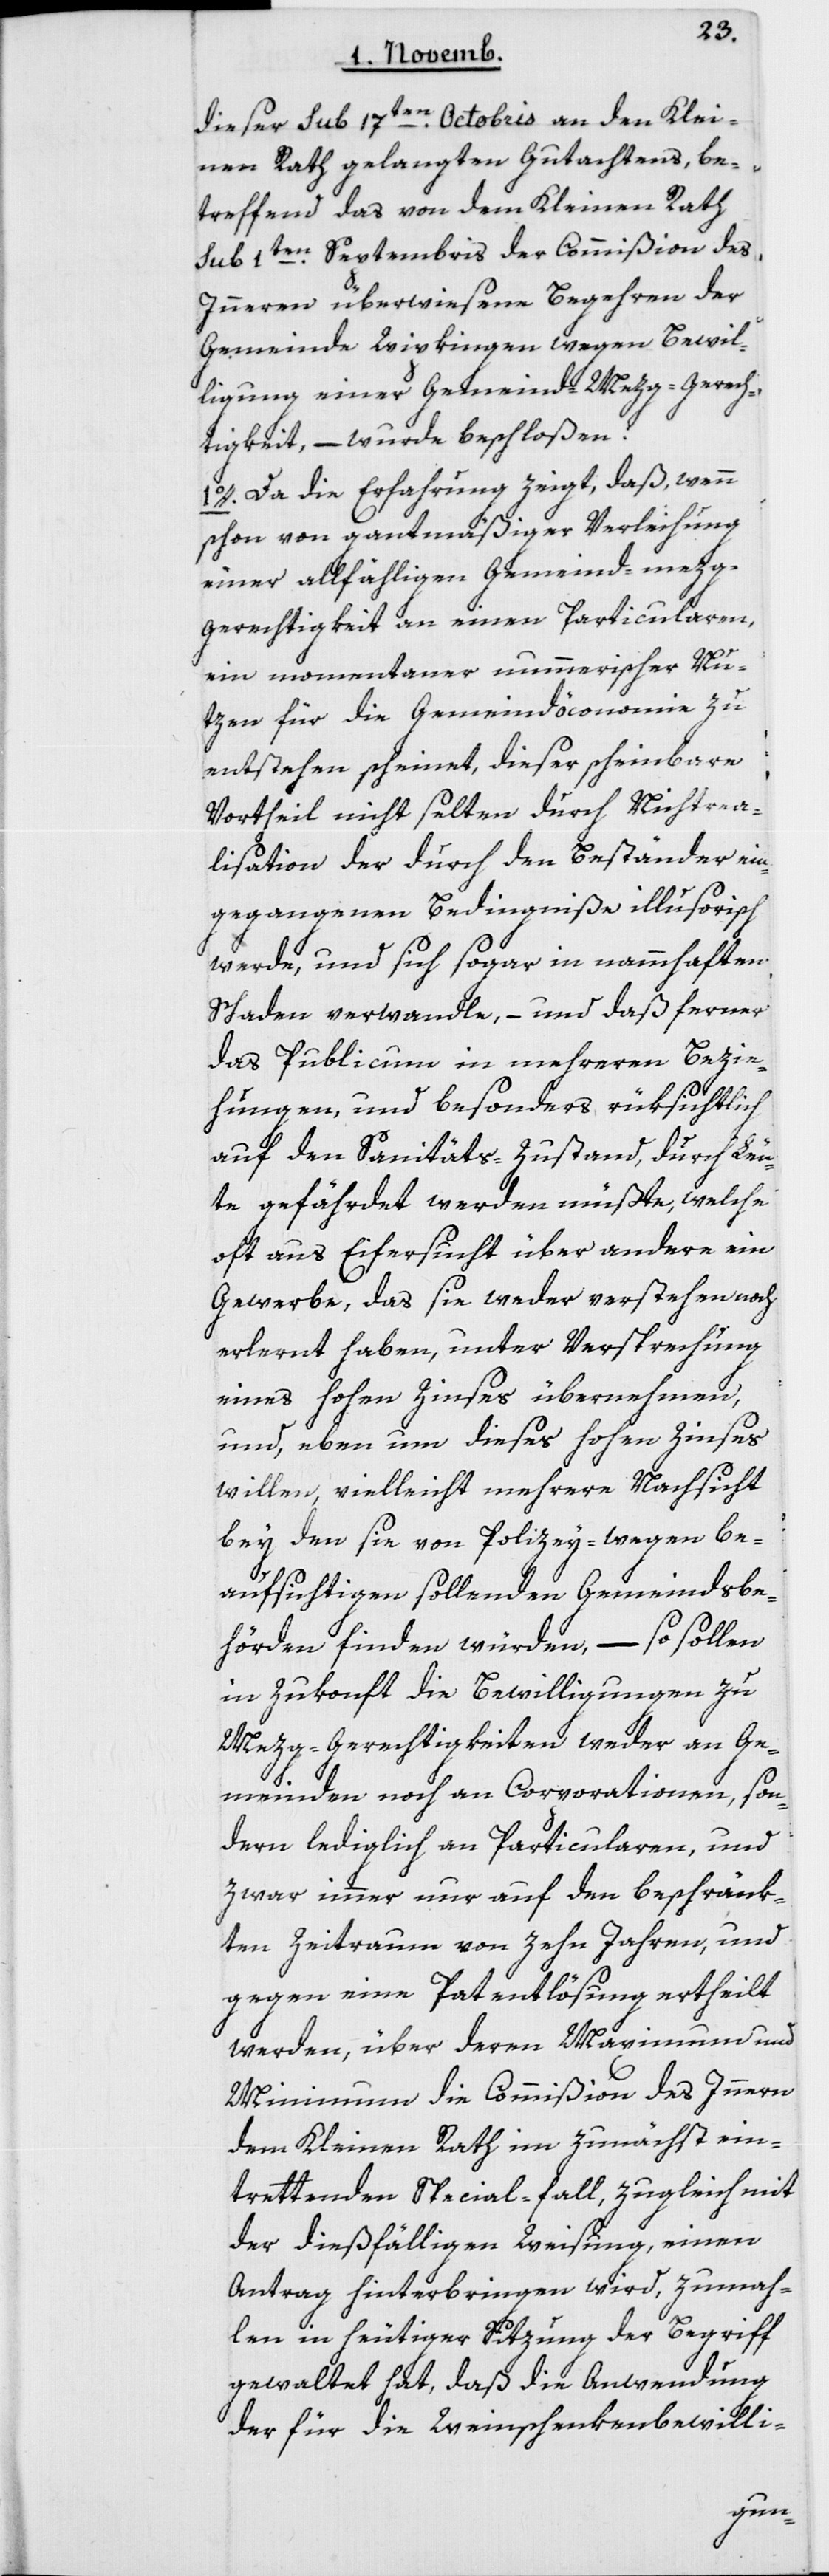
dieser sub 17ten Octobris an den Klei¬
nen Rath gelangten Gutachtens, be¬
treffend das von dem Kleinen Rath
sub 1ten Septembris der Commißion des
Innern überwiesene Begehren der
Gemeinde Wipkingen wegen Bewil¬
ligung einer Gemeind-Metzggerech¬
tigkeit, – wurde beschloßen:
1. Da die Erfahrung zeigt, daß, wenn
schon von gantmäßiger Verleihung
einer allfälligen Gemeind-metzg¬
gerechtigkeit an einen Particularen,
ein momentaner nummerischer Nu¬
tzen für die Gemeindöconomie zu
entstehen scheint, dieser scheinbare
Vortheil nicht selten durch Nichtrea¬
lisation der durch den Beständer ein¬
gegangenen Bedingniße illusorisch
werde, und sich sogar in nammhaften
Schaden verwandle, und daß ferner
das Publicum in mehreren Bezie¬
hungen und besonders, rüksichtlich
auf den Sanitäts-Zustand, durch Leu¬
te gefährdet werden müßte, welche
oft aus Eifersucht über andere ein
Gewerbe, das sie weder verstehen noch
erlernt haben, unter Versprechung
eines hohen Zinses übernehmen,
und eben um dieses hohen Zinses
willen, vielleicht mehrere Nachsicht
bey den sie von Polizey-wegen be¬
aufsichtigen sollenden Gemeindsbe¬
hörden finden würden, – so sollen
in Zukonft die Bewilligungen zu
Metzg-Gerechtigkeiten weder an Ge¬
meinden noch an Corporationen, son¬
dern lediglich an Particularen, und
zwar immer nur auf den beschränk¬
ten Zeitraum von zehn Jahren, und
gegen eine Patentlösung ertheilt
werden, über deren Maximum und
Minimum die Commißion des Innern
dem Kleinen Rath im zunächst ein¬
trettenden Specialfall, zugleich mit
der dießfälligen Weisung, einen
Antrag hinterbringen wird, zumah¬
len in heutiger Sitzung der Begriff
gewaltet hat, daß die Anwendung
der für die Weinschenkenbewilli-